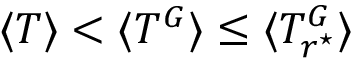
\langle T \rangle < \langle T ^ { G } \rangle \leq \langle T _ { r ^ { \star } } ^ { G } \rangle